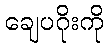
ချေပဂိုးကို